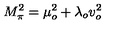
M _ { \pi } ^ { 2 } = \mu _ { o } ^ { 2 } + \lambda _ { o } v _ { o } ^ { 2 }